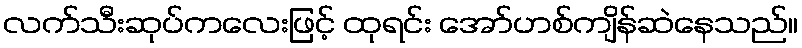
လက်သီးဆုပ်ကလေးဖြင့် ထုရင်း အော်ဟစ်ကျိန်ဆဲနေသည်။